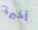
أخيرة